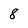
Character: 8